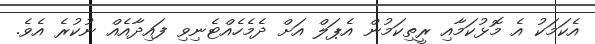
އެކަމަކު އެ މޮޅުކަމާއި ރީތިކަމުން އެޕަލް އަށް ދެމެހެއްޓެނިވި ފައިދާއެއް ނުކުރެ އެވެ.